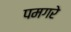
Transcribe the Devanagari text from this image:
पमगरे